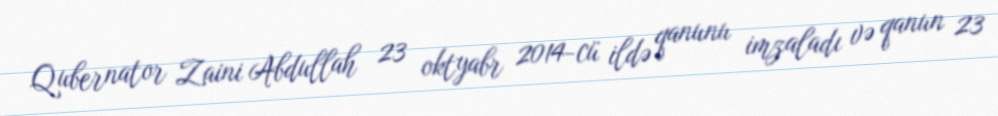
Qubernator Zaini Abdullah 23 oktyabr 2014-cü ildə qanunu imzaladı və qanun 23